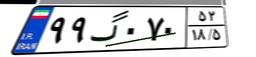
۹۹گ۰۷۰۵۲